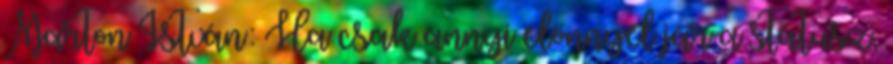
Marton István: Ha csak annyi előnnyel jár a státusz,